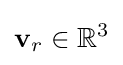
\mathbf {v} _{r}\in \mathbb {R} ^{3}